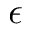
\epsilon